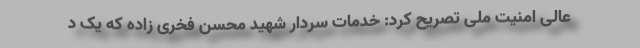
عالی امنیت ملی تصریح کرد: خدمات سردار شهید محسن فخری زاده که یک د